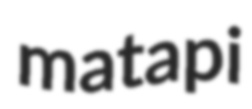
matapi